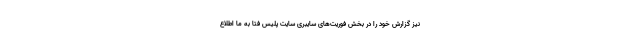
نیز گزارش خود را در بخش فوریت‌های سایبری سایت پلیس فتا به ما اطلاع